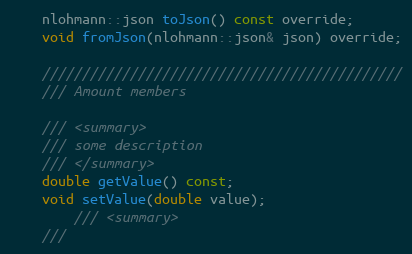
Language: C
    nlohmann::json toJson() const override;
    void fromJson(nlohmann::json& json) override;

    /////////////////////////////////////////////
    /// Amount members

    /// <summary>
    /// some description
    /// </summary>
    double getValue() const;
    void setValue(double value);
        /// <summary>
    ///